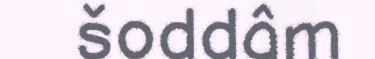
šoddâm